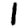
Digit: 1